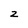
Character: z